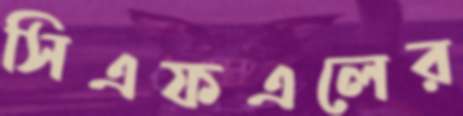
সিএফএলের